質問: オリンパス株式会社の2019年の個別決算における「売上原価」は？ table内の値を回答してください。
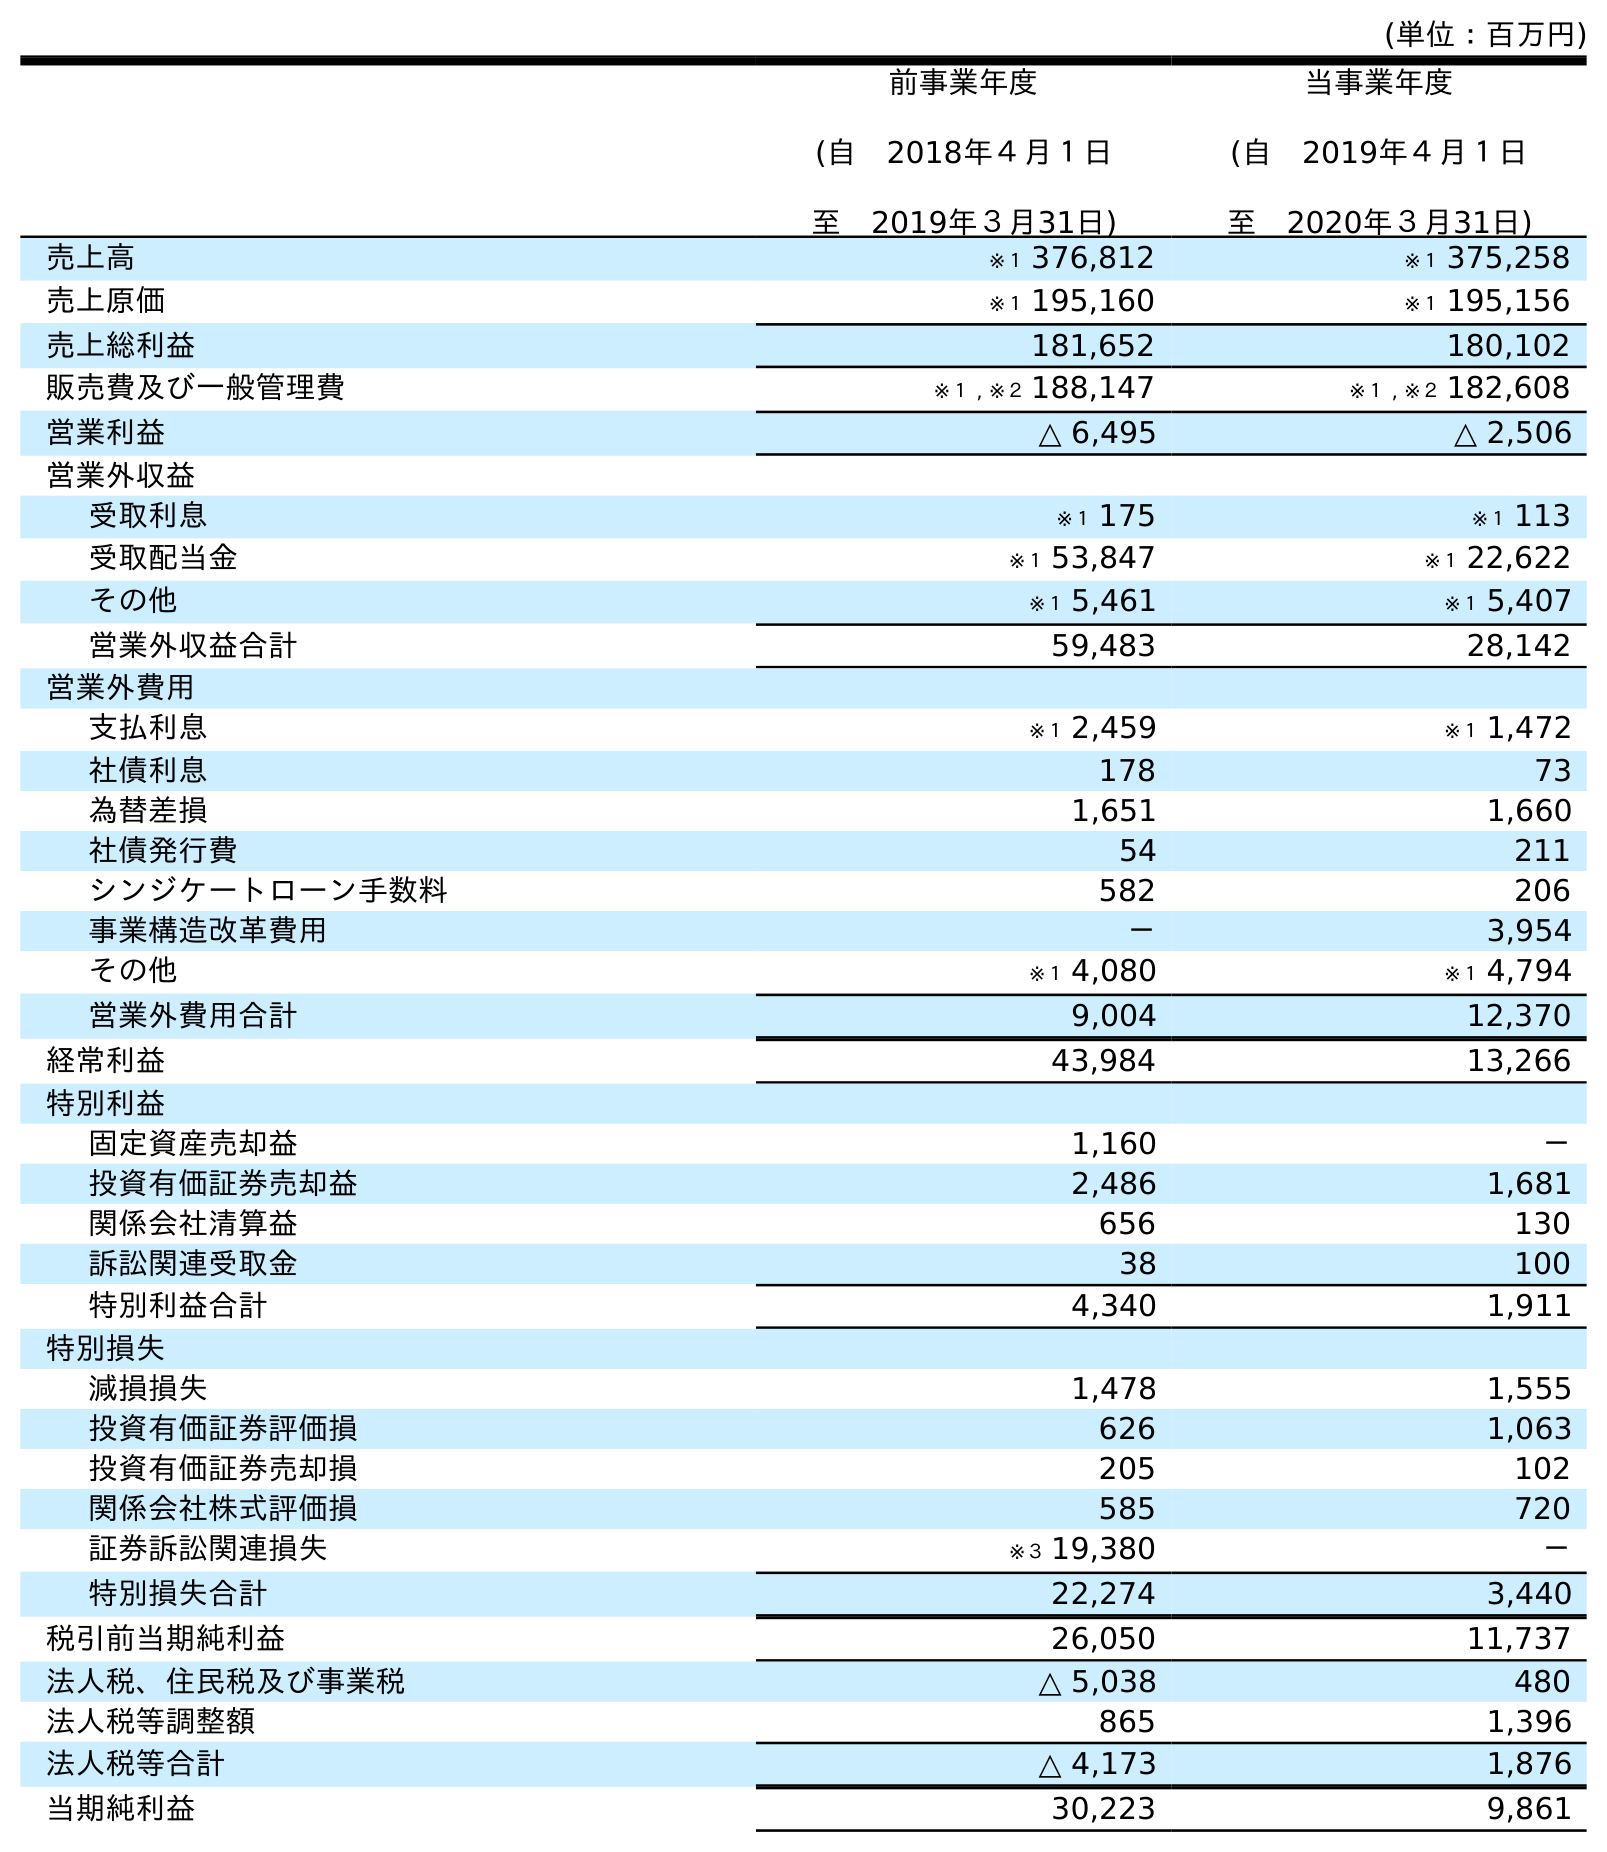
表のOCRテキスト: (単位：百万円) 前事業年度 (自 2018年４月１日 至 2019年３月31日) 当事業年度 (自 2019年４月１日 至 2020年３月31日) 売上高 ※１ 376,812 ※１ 375,258 売上原価 ※１ 195,160 ※１ 195,156 売上総利益 181,652 180,102 販売費及び一般管理費 ※１ , ※２ 188,147 ※１ , ※２ 182,608 営業利益 △ 6,495 △ 2,506 営業外収益 受取利息 ※１ 175 ※１ 113 受取配当金 ※１ 53,847 ※１ 22,622 その他 ※１ 5,461 ※１ 5,407 営業外収益合計 59,483 28,142 営業外費用 支払利息 ※１ 2,459 ※１ 1,472 社債利息 178 73 為替差損 1,651 1,660 社債発行費 54 211 シンジケートローン手数料 582 206 事業構造改革費用 － 3,954 その他 ※１ 4,080 ※１ 4,794 営業外費用合計 9,004 12,370 経常利益 43,984 13,266 特別利益 固定資産売却益 1,160 － 投資有価証券売却益 2,486 1,681 関係会社清算益 656 130 訴訟関連受取金 38 100 特別利益合計 4,340 1,911 特別損失 減損損失 1,478 1,555 投資有価証券評価損 626 1,063 投資有価証券売却損 205 102 関係会社株式評価損 585 720 証券訴訟関連損失 ※３ 19,380 － 特別損失合計 22,274 3,440 税引前当期純利益 26,050 11,737 法人税、住民税及び事業税 △ 5,038 480 法人税等調整額 865 1,396 法人税等合計 △ 4,173 1,876 当期純利益 30,223 9,861
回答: ※１195,160